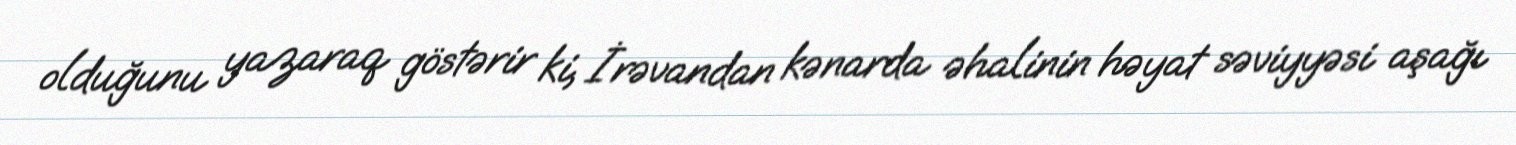
olduğunu yazaraq göstərir ki, İrəvandan kənarda əhalinin həyat səviyyəsi aşağı